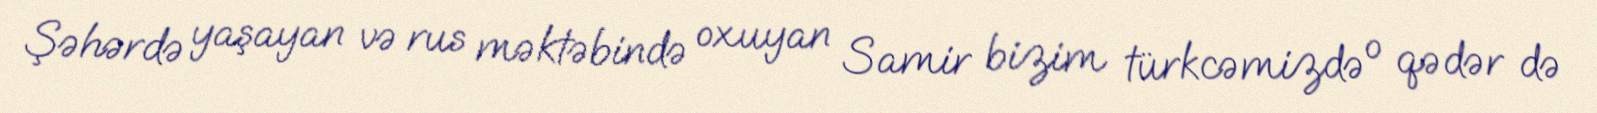
Şəhərdə yaşayan və rus məktəbində oxuyan Samir bizim türkcəmizdə o qədər də